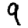
Digit: 9